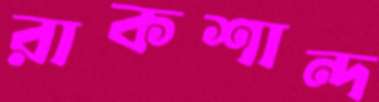
রাকশান্দ